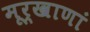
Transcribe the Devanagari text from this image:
मूर्खाणां